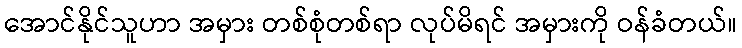
အောင်နိုင်သူဟာ အမှား တစ်စုံတစ်ရာ လုပ်မိရင် အမှားကို ဝန်ခံတယ်။